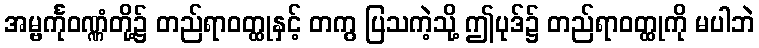
အမ္ဗင်္ကုဝဏ္ဏံတို့၌ တည်ရာဝတ္ထုနှင့် တကွ ပြသကဲ့သို့ ဤပုဒ်၌ တည်ရာဝတ္ထုကို မပါဘဲ